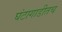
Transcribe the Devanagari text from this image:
घंटागाडीतच